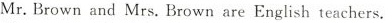
Mr.Brown and Mrs.Brown are English teachers.